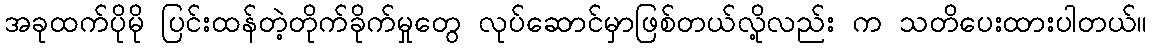
အခုထက်ပိုမို ပြင်းထန်တဲ့တိုက်ခိုက်မှုတွေ လုပ်ဆောင်မှာဖြစ်တယ်လို့လည်း က သတိပေးထားပါတယ်။